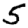
Digit: 5